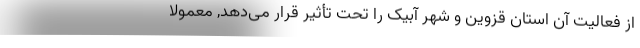
از فعالیت آن استان قزوین و شهر آبیک را تحت تأثیر قرار می‌دهد, معمولاً